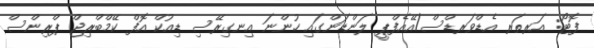
ފޮޓޯ: އަރތަރ އެޑްވަރޑްސް/އޭއެފްޕީ ލަންޑަންގައި ހުންނަ އިނގިރޭސި ޑިއުކް އޮފް ކޭމްބްރިޖް ޕްރިންސް